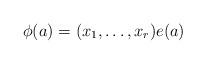
LaTeX: \begin{align*}\phi(a)=(x_1,\dots,x_r)e(a)\end{align*}